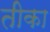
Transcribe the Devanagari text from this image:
तीका